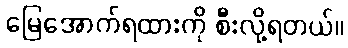
မြေအောက်ရထားကို စီးလို့ရတယ်။